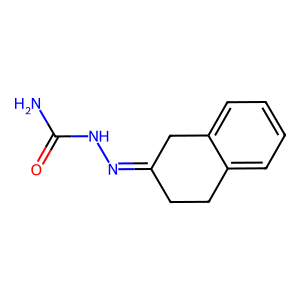
SMILES: NC(=O)NN=C1CCc2ccccc2C1
Inhibits HIV replication: No